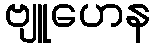
ဗျူဟေန